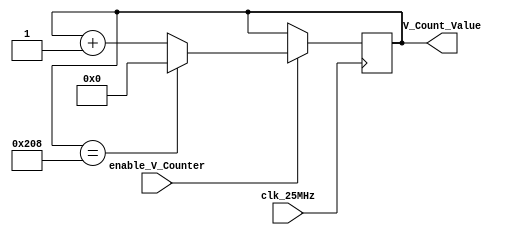
`timescale 1ns / 1ps

module vertical_counter(
	input clk_25MHz,
	input enable_V_Counter,
	output reg [15:0] V_Count_Value = 0
	);
	
	always@(posedge clk_25MHz) begin

		if (enable_V_Counter) begin
		  if (V_Count_Value == 520)//521
		    V_Count_Value <= 0;
		  else
		    V_Count_Value <= V_Count_Value +1;
		end
	end
endmodule